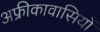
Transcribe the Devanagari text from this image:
अफ्रीकावासियों